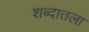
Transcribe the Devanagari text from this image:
शब्दातला